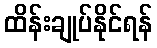
ထိန်းချုပ်နိုင်ရန်